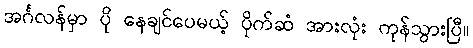
အင်္ဂလန်မှာ ပို နေချင်ပေမယ့် ပိုက်ဆံ အားလုံး ကုန်သွားပြီ။